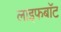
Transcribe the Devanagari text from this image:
लाइफबाॅट